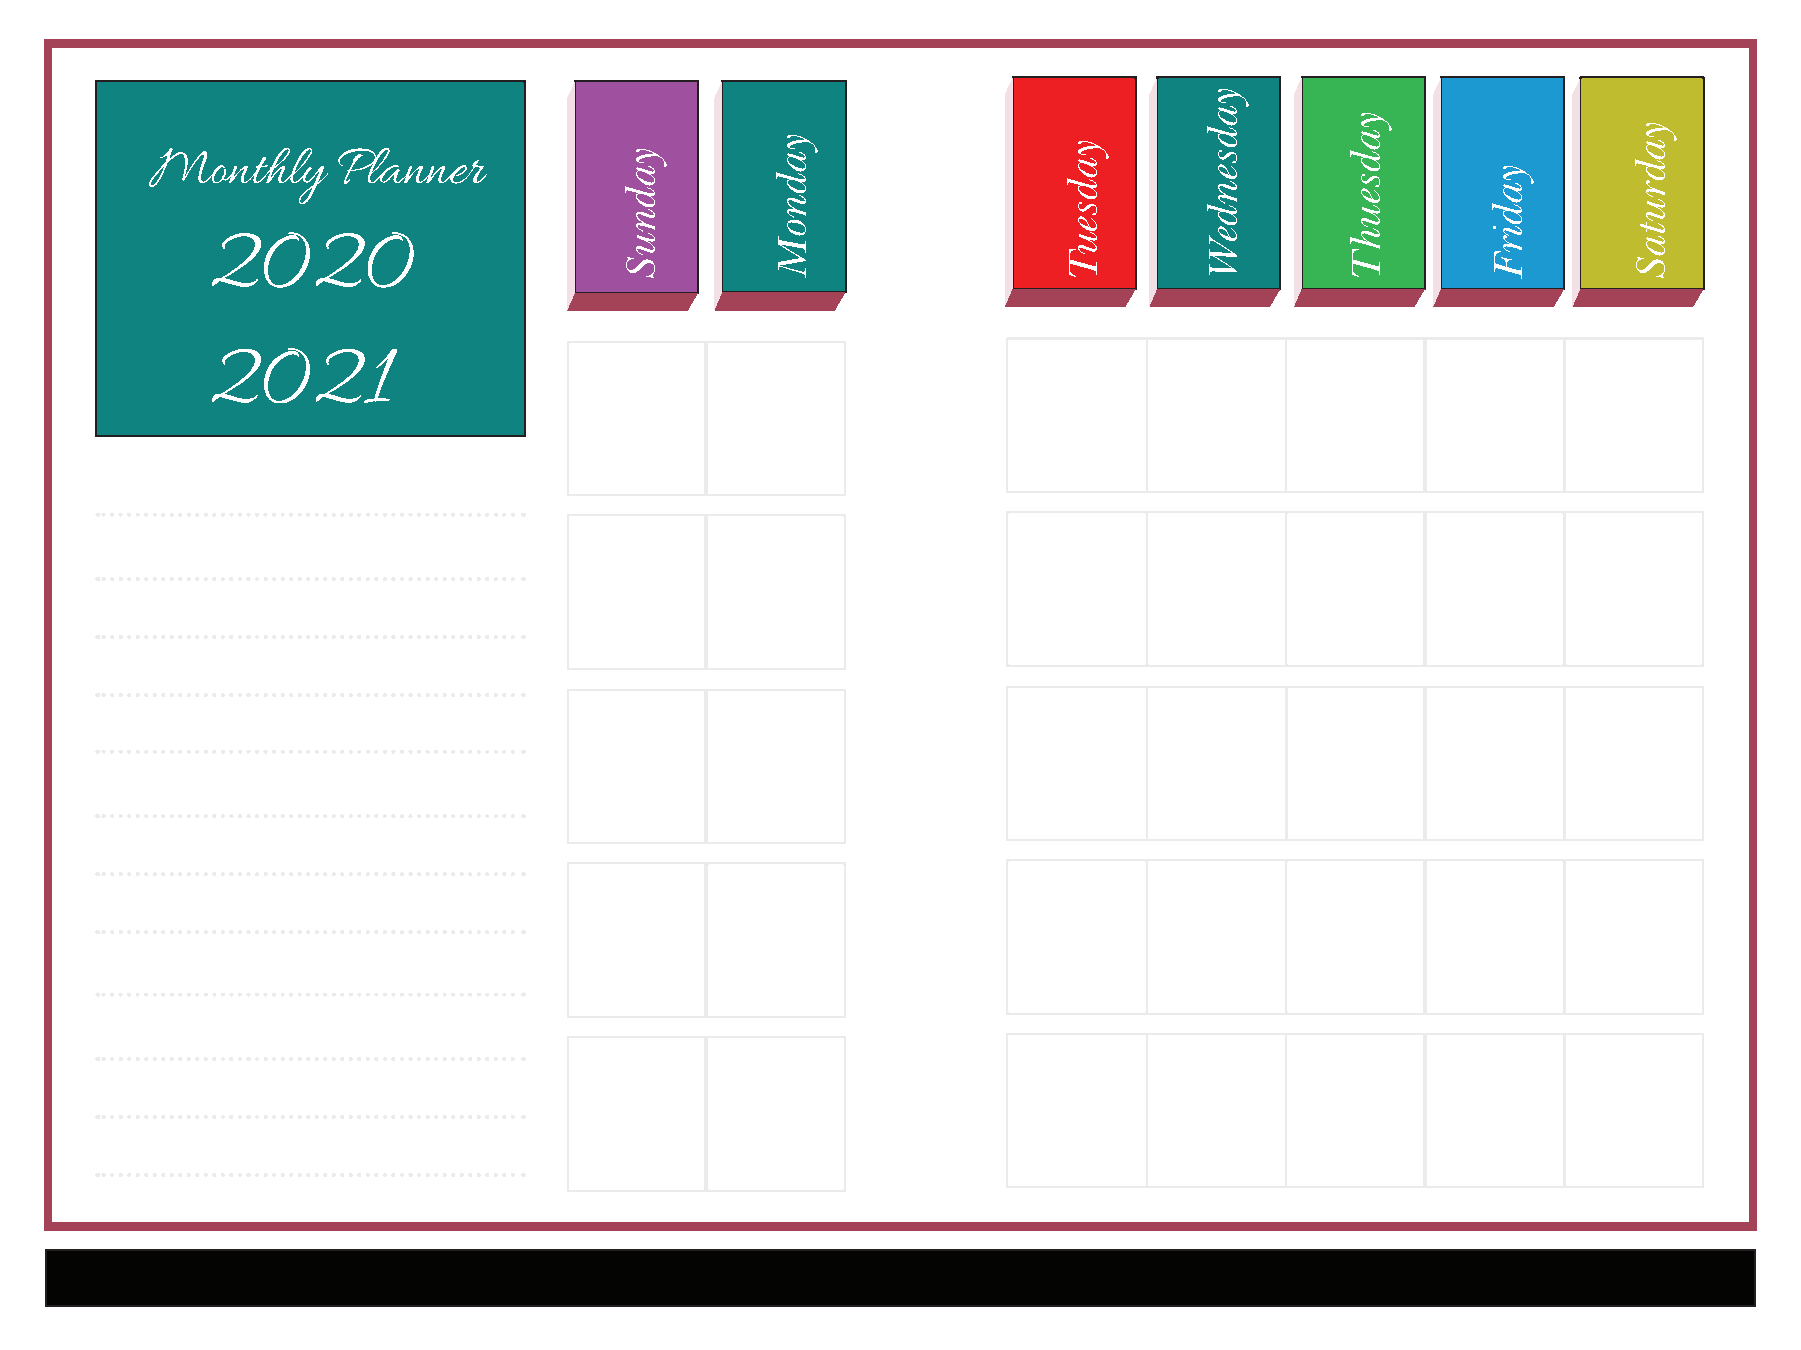
Monthly     Planner
 2020
 2021
 yadnuS
 yadnoM              yadseuT
 yadsendeW
 yadseuhT
 yadirF
 yadrutaS